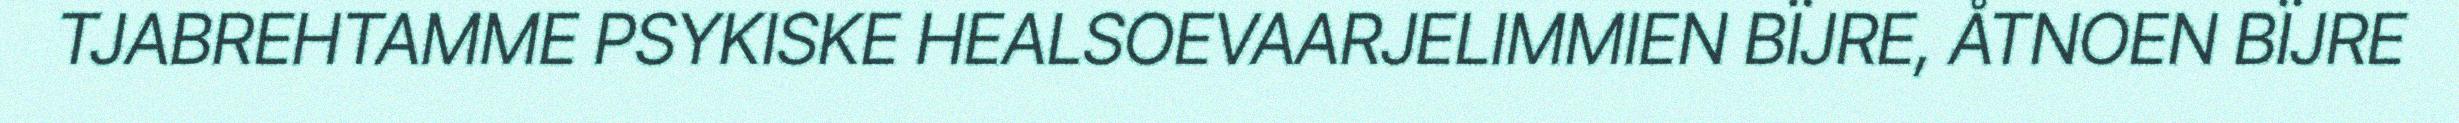
TJABREHTAMME PSYKISKE HEALSOEVAARJELIMMIEN BÏJRE, ÅTNOEN BÏJRE